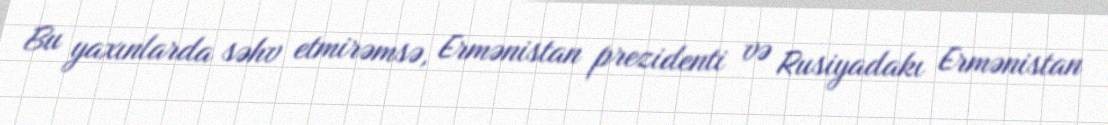
Bu yaxınlarda səhv etmirəmsə, Ermənistan prezidenti və Rusiyadakı Ermənistan